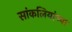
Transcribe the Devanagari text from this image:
सांकलियांच्या